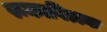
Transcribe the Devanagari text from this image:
रूकावित्स्या